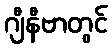
ဂျီနီဗာတွင်